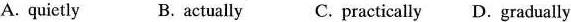
A. quietly B. actually C. practically D. gradually